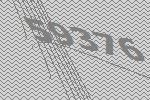
59376